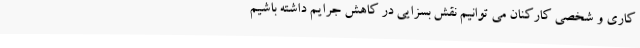
کاری و شخصی کارکنان می توانیم نقش بسزایی در کاهش جرایم داشته باشیم